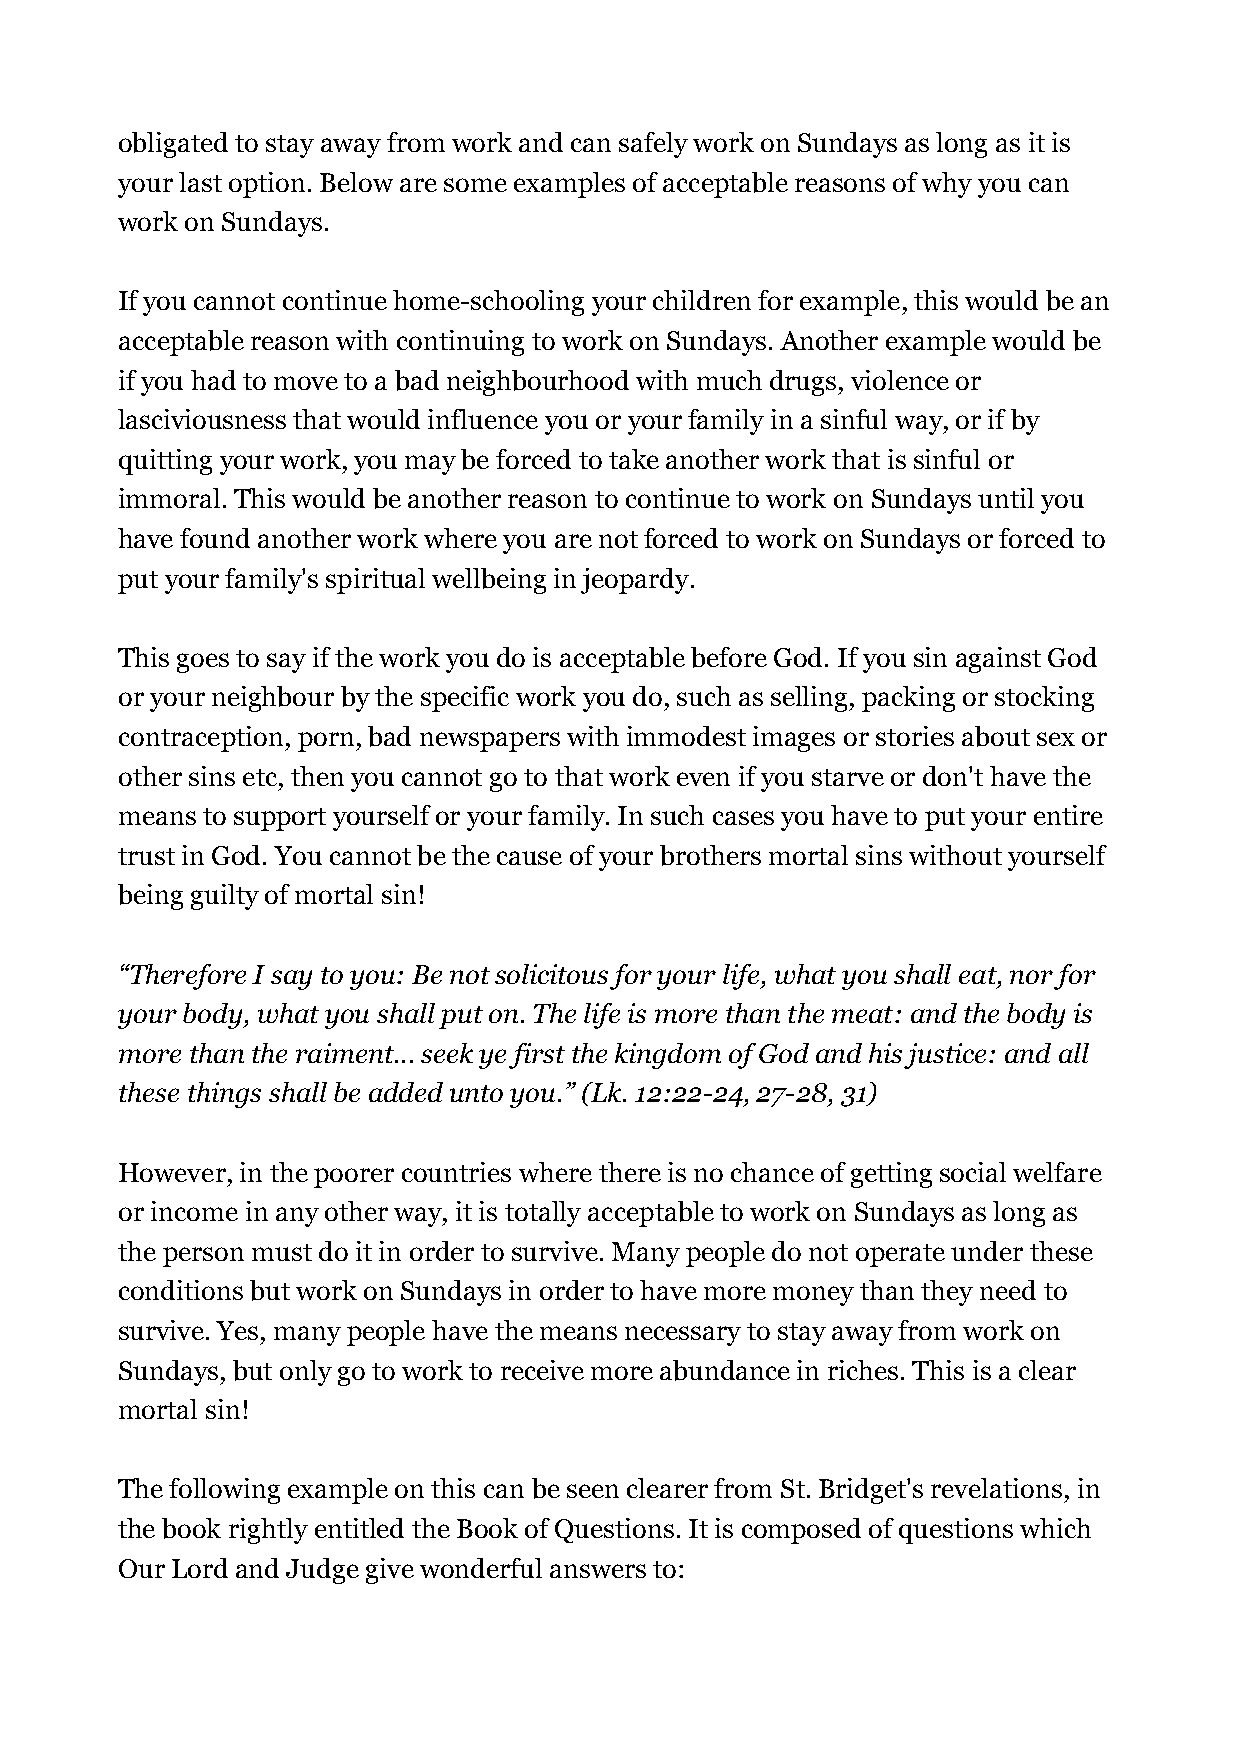
obligated to stay away from work and can safely work on Sundays as long as it is
 your last option. Below are some examples of acceptable reasons of why you can
 work on Sundays.
 If you cannot continue home-schooling your children for example, this would be an
 acceptable reason with continuing to work on Sundays. Another example would be
 if you had to move to a bad neighbourhood with much drugs, violence or
 lasciviousness that would influence you or your family in a sinful way, or if by
 quitting your work, you may be forced to take another work that is sinful or
 immoral. This would be another reason to continue to work on Sundays until you
 have found another work where you are not forced to work on Sundays or forced to
 put your family's spiritual wellbeing in jeopardy.
 This goes to say if the work you do is acceptable before God. If you sin against God
 or your neighbour by the specific work you do, such as selling, packing or stocking
 contraception, porn, bad newspapers with immodest images or stories about sex or
 other sins etc, then you cannot go to that work even if you starve or don't have the
 means to support yourself or your family. In such cases you have to put your entire
 trust in God. You cannot be the cause of your brothers mortal sins without yourself
 being guilty of mortal sin!
 “Therefore I say to you: Be not solicitous for your life, what you shall eat, nor for
 your body, what you shall put on. The life is more than the meat: and the body is
 more than the raiment... seek ye first the kingdom of God and his justice: and all
 these things shall be added unto you.” (Lk. 12:22-24, 27-28, 31)
 However, in the poorer countries where there is no chance of getting social welfare
 or income in any other way, it is totally acceptable to work on Sundays as long as
 the person must do it in order to survive. Many people do not operate under these
 conditions but work on Sundays in order to have more money than they need to
 survive. Yes, many people have the means necessary to stay away from work on
 Sundays, but only go to work to receive more abundance in riches. This is a clear
 mortal sin!
 The following example on this can be seen clearer from St. Bridget's revelations, in
 the book rightly entitled the Book of Questions. It is composed of questions which
 Our Lord and Judge give wonderful answers to: